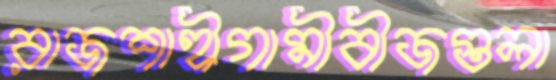
রাজশাহীগামীবীজগুলা